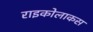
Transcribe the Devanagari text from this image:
राइकोलाकस